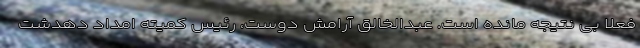
فعلا بی نتیجه مانده است. عبدالخالق آرامش دوست، رئیس کمیته امداد دهدشت